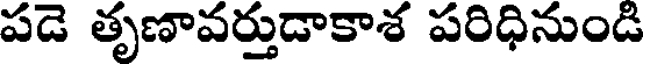
పడె తృణావర్తుడాకాశ పరిధినుండి